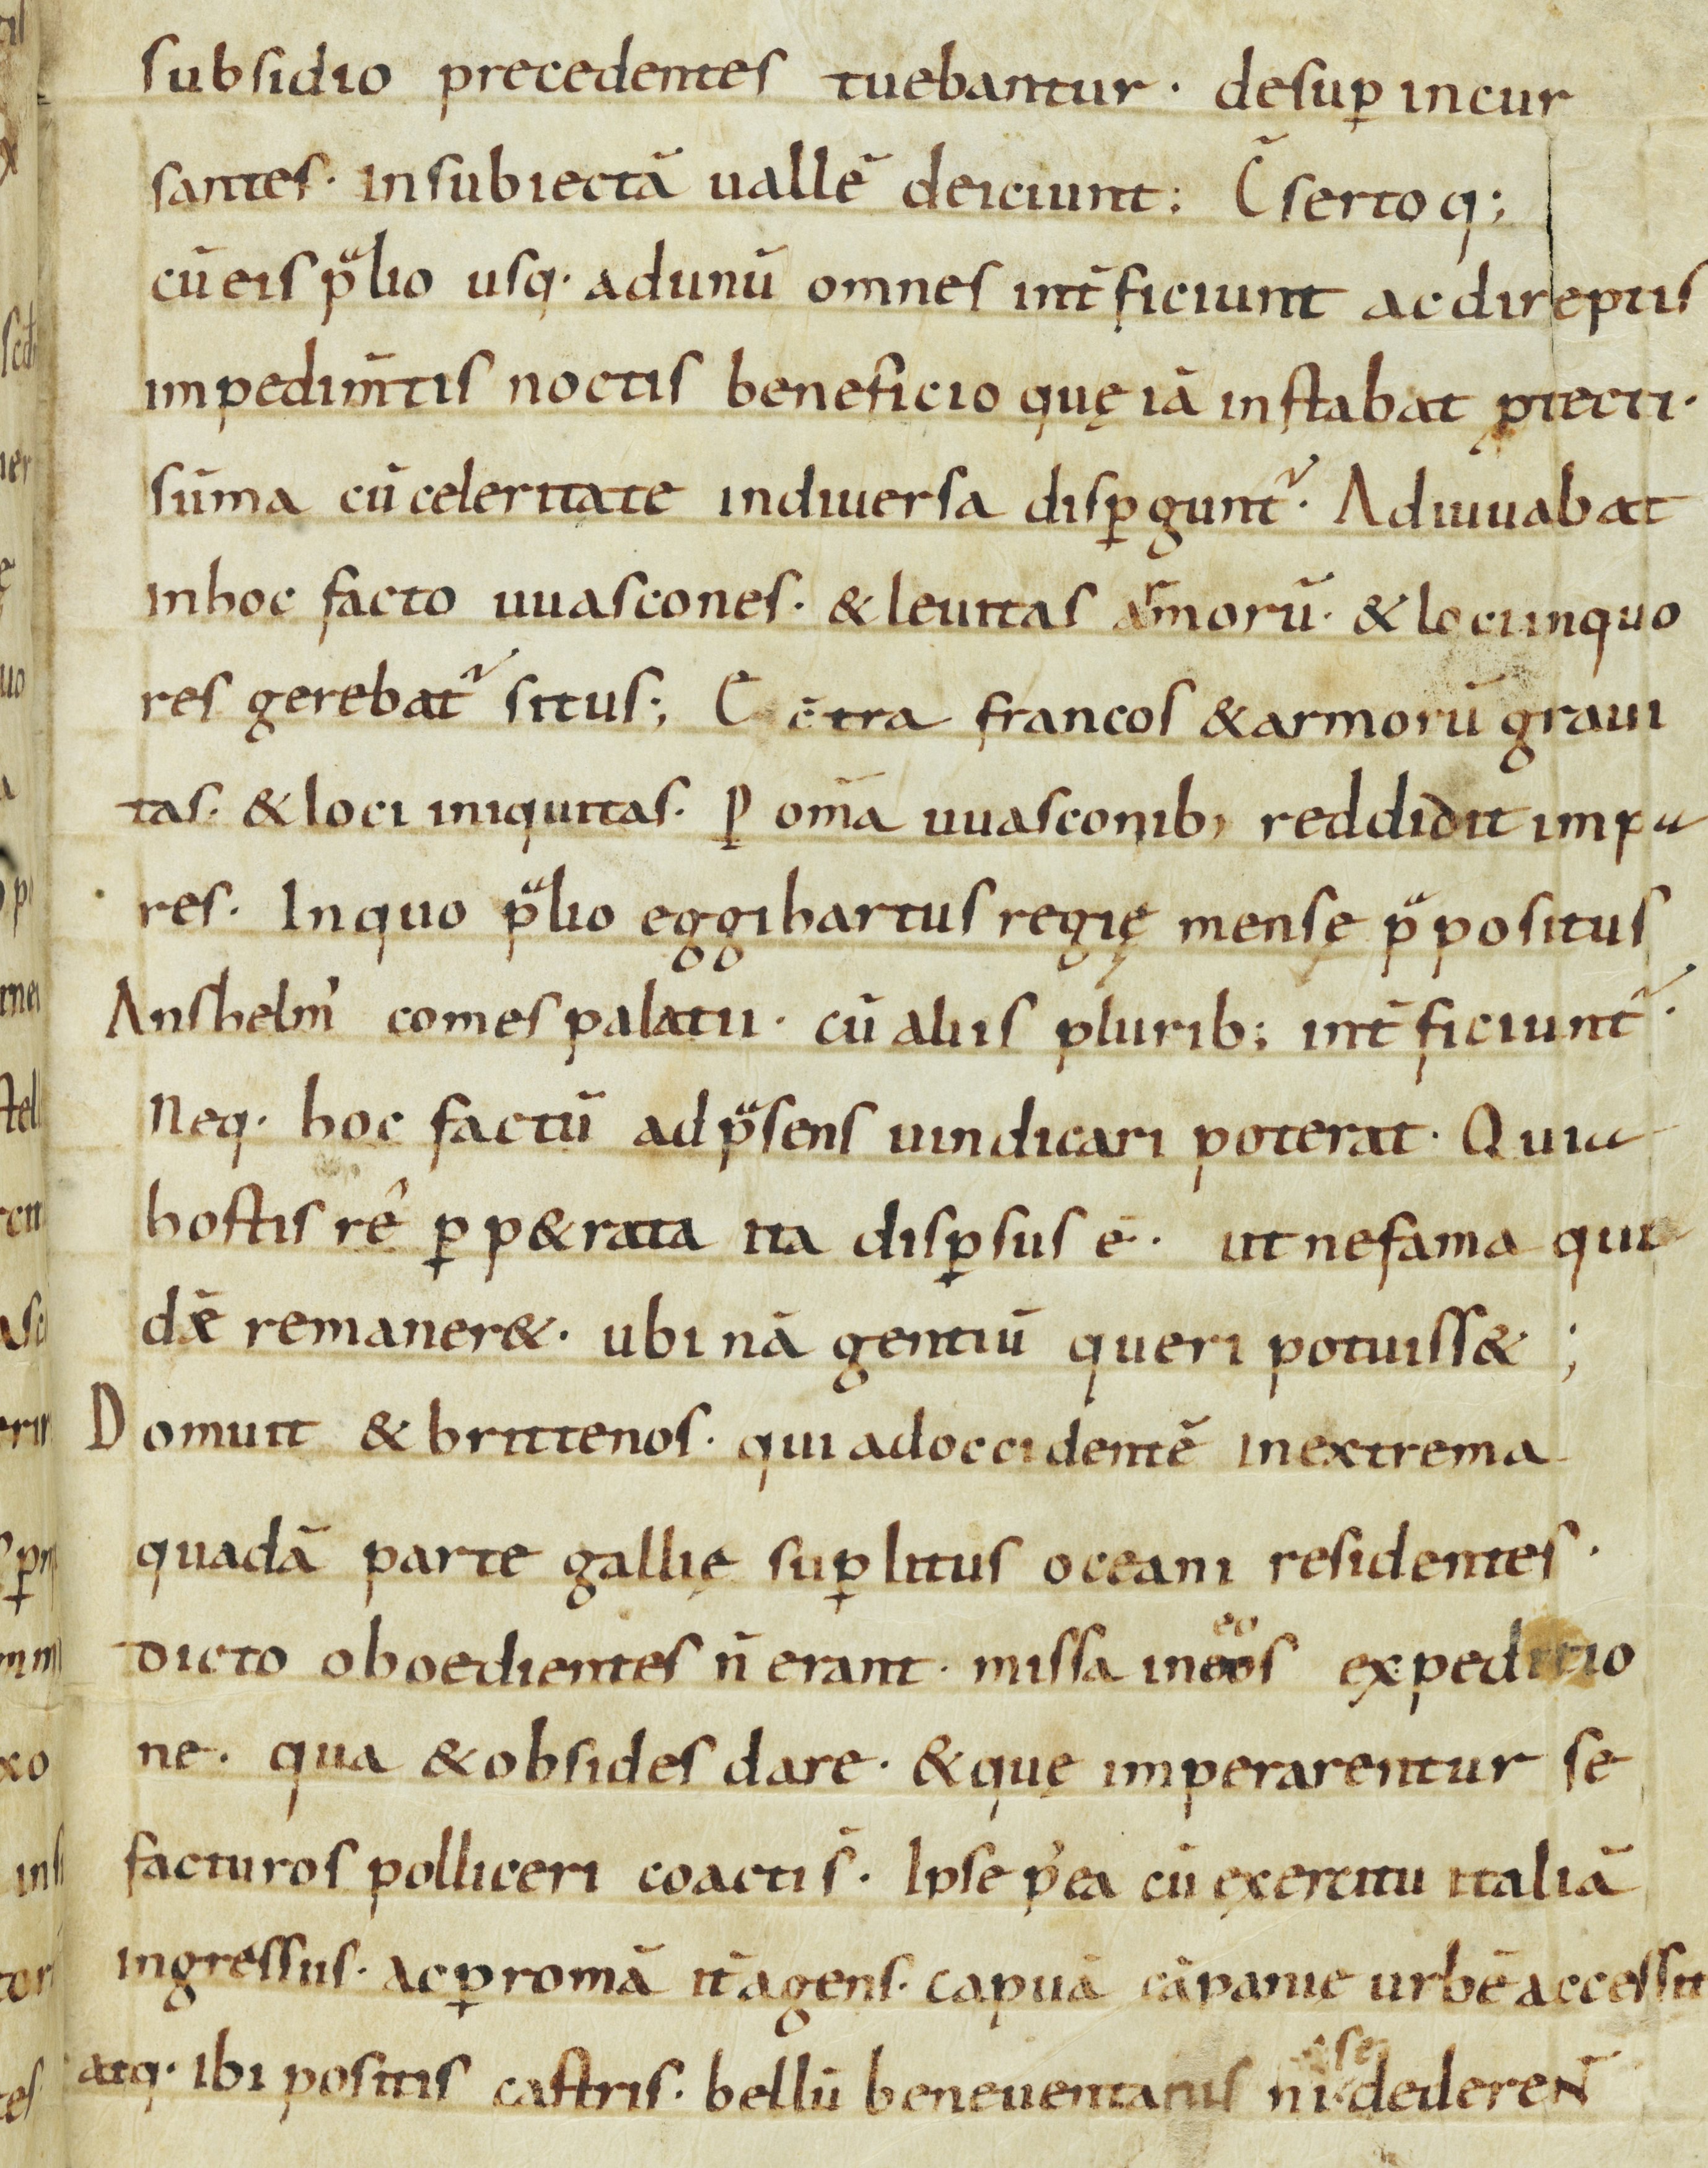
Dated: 900–932